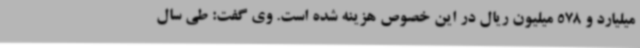
میلیارد و 578 میلیون ریال در این خصوص هزینه شده است. وی گفت: طی سال